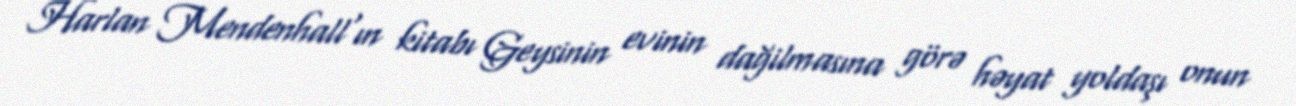
Harlan Mendenhall'ın kitabı Geysinin evinin dağilmasına görə həyat yoldaşı onun